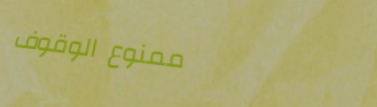
ممنوع الوقوف